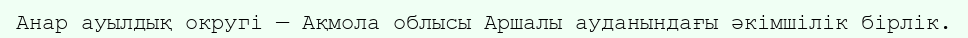
Анар ауылдық округі — Ақмола облысы Аршалы ауданындағы әкімшілік бірлік.